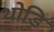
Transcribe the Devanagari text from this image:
थोडि